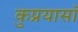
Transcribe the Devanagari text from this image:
कुप्रयासॉ